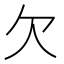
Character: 欠